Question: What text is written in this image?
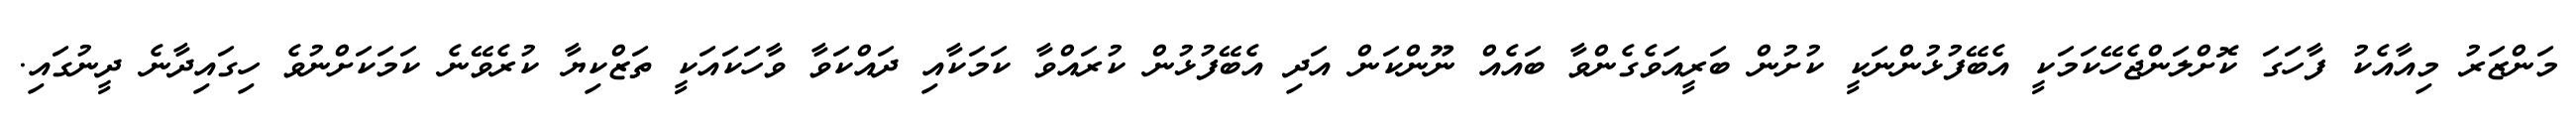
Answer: މަންޒަރު މިއާއެކު ފާހަގަ ކޮށްލަންޖެހޭކަމަކީ އެބޭފުޅުންނަކީ ކުށުން ބަރީއަވެގެންވާ ބައެއް ނޫންކަން އަދި އެބޭފުޅުން ކުރައްވާ ކަމަކާއި ދައްކަވާ ވާހަކައަކީ ތަޒްކިޔާ ކުރެވޭނެ ކަމަކަށްނުވެ ހިގައިދާނެ ދީނުގައި.